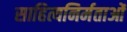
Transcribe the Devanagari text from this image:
साहित्यनिर्मताओं